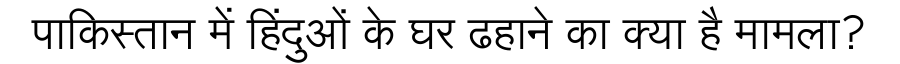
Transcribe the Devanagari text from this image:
पाकिस्तान में हिंदुओं के घर ढहाने का क्या है मामला?